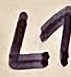
Text: L1